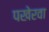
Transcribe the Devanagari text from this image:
पखेरवा